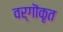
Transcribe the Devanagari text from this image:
वर्गॊकृत